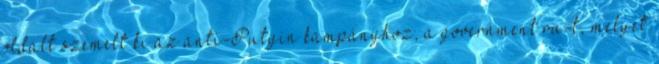
oldalt szemelt ki az anti-Putyin kampányhoz, a government.ru-t, melyet